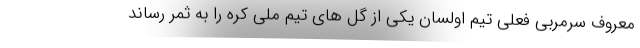
معروف سرمربی فعلی تیم اولسان یکی از گل های تیم ملی کره را به ثمر رساند